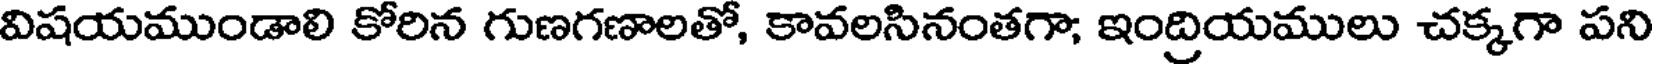
విషయముండాలి కోరిన గుణగణాలతో, కావలసినంతగా; ఇంద్రియములు చక్కగా పని